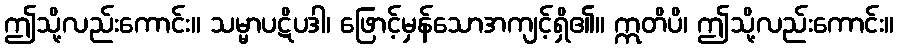
ဤသို့လည်းကောင်း။ သမ္မာပဋိပဒါ၊ ဖြောင့်မှန်သောအကျင့်ရှိ၏။ ဣတိပိ၊ ဤသို့လည်းကောင်း။